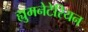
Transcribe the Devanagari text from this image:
ह्युमनेटेरियन